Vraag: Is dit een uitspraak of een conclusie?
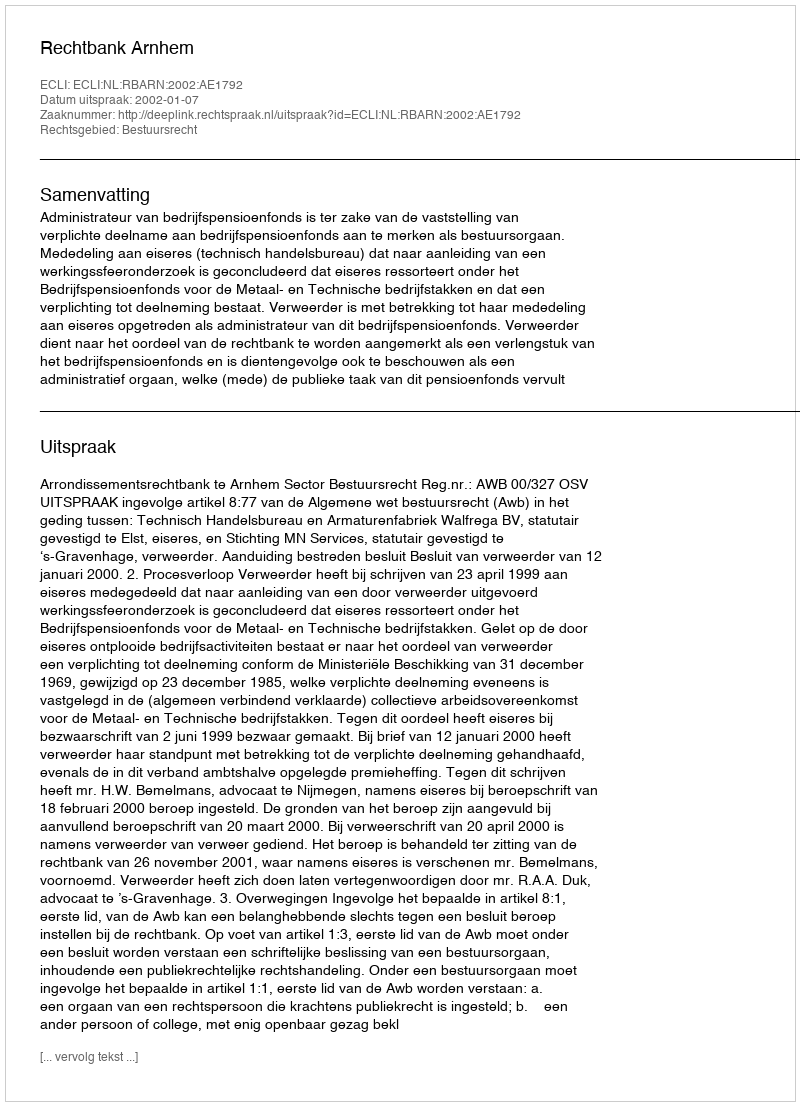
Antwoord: Uitspraak